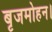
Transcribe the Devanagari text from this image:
बृजमोहन।